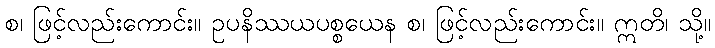
စ၊ ဖြင့်လည်းကောင်း။ ဥပနိဿယပစ္စယေန စ၊ ဖြင့်လည်းကောင်း။ ဣတိ၊ သို့။